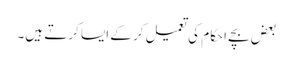
بعض بچے احکام کی تعمیل کر کے ایسا کرتے ہیں۔